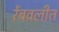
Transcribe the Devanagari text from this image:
रेंबवलीत